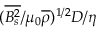
( \overline { { B _ { s } ^ { 2 } } } / \mu _ { 0 } \overline { { \rho } } ) ^ { 1 / 2 } D / \eta